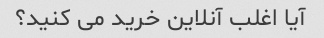
آیا اغلب آنلاین خرید می کنید؟